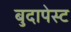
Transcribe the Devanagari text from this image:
बुदापेस्ट